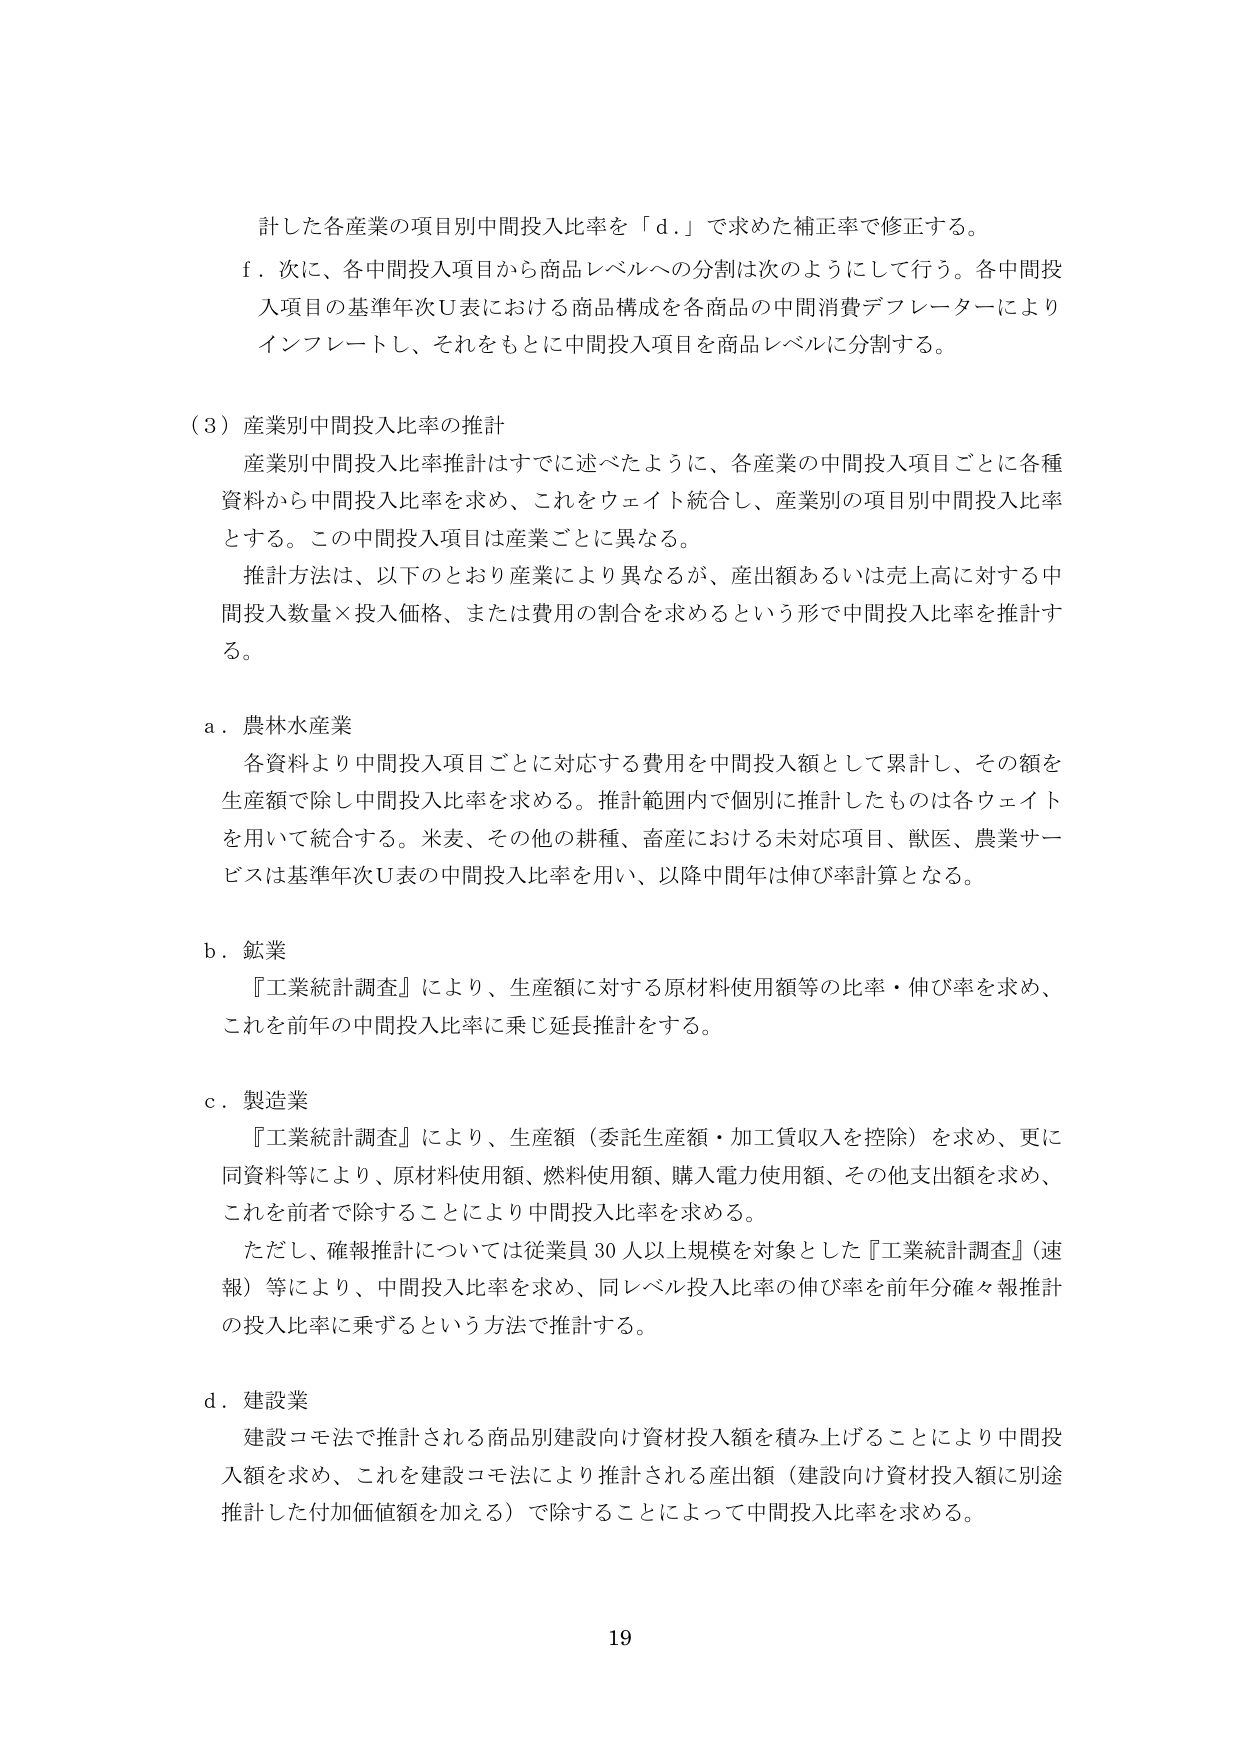
計した各産業の項目別中間投入比率を「ｄ．」で求めた補正率で修正する。

ｆ．次に、各中間投入項目から商品レベルへの分割は次のようにして行う。各中間投入項目の基準年次Ｕ表における商品構成を各商品の中間消費デフレーターによりインフレートし、それをもとに中間投入項目を商品レベルに分割する。

（３）産業別中間投入比率の推計

産業別中間投入比率推計はすでに述べたように、各産業の中間投入項目ごとに各種資料から中間投入比率を求め、これをウェイト統合し、産業別の項目別中間投入比率とする。この中間投入項目は産業ごとに異なる。

推計方法は、以下のとおり産業により異なるが、産出額あるいは売上高に対する中間投入数量×投入価格、または費用の割合を求めるという形で中間投入比率を推計する。

ａ．農林水産業

各資料より中間投入項目ごとに対応する費用を中間投入額として累計し、その額を生産額で除し中間投入比率を求める。推計範囲内で個別に推計したものは各ウェイトを用いて統合する。米麦、その他の耕種、畜産における未対応項目、獣医、農業サービスは基準年次Ｕ表の中間投入比率を用い、以降中間年は伸び率計算となる。

ｂ．鉱業

『工業統計調査』により、生産額に対する原材料使用額等の比率・伸び率を求め、これを前年の中間投入比率に乗じ延長推計をする。

ｃ．製造業

『工業統計調査』により、生産額（委託生産額・加工賃収入を控除）を求め、更に同資料等により、原材料使用額、燃料使用額、購入電力使用額、その他支出額を求め、これを前者で除すことにより中間投入比率を求める。

ただし、確報推計については従業員30人以上規模を対象とした『工業統計調査』（速報）等により、中間投入比率を求め、同レベル投入比率の伸び率を前年分確々報推計の投入比率に乗ずるという方法で推計する。

ｄ．建設業

建設コモ法で推計される商品別建設向け資材投入額を積み上げることにより中間投入額を求め、これを建設コモ法により推計される産出額（建設向け資材投入額に別途推計した付加価値額を加える）で除すことによって中間投入比率を求める。

19